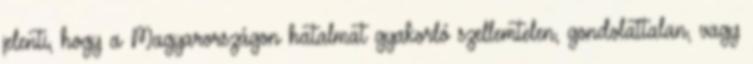
jelenti, hogy a Magyarországon hatalmat gyakorló szellemtelen, gondolattalan, vagy